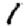
Digit: 1